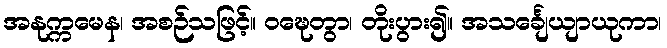
အနုက္ကမေန၊ အစဉ်သဖြင့်။ ဝဍ္ဎေတွာ၊ တိုးပွား၍။ အသင်္ချေယျာယုကာ၊